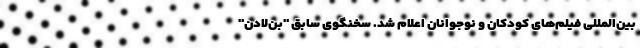
بین‌المللی فیلم‌های کودکان و نوجوانان اعلام شد. سخنگوی سابق "بن‌لادن"